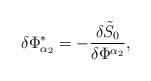
LaTeX: \begin{align*}\delta \Phi _{\alpha _2}^{*}=-\frac{\delta \tilde S_0}{\delta\Phi ^{\alpha _2}},\end{align*}